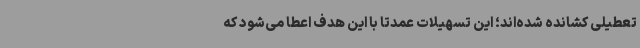
تعطیلی کشانده شده‌اند؛ این تسهیلات عمدتاً با این هدف اعطا می‌شود که